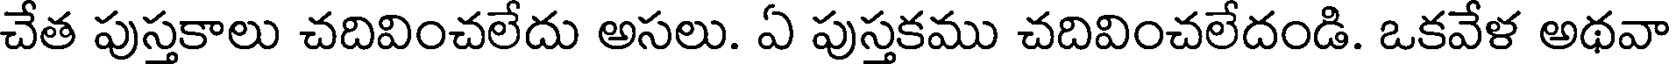
చేత పుస్తకాలు చదివించలేదు అసలు. ఏ పుస్తకము చదివించలేదండి. ఒకవేళ అథవా